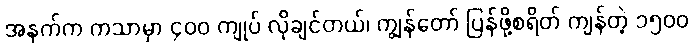
အနက်က ကသာမှာ ၄၀၀ ကျုပ် လိုချင်တယ်၊ ကျွန်တော် ပြန်ဖို့စရိတ် ကျန်တဲ့ ၁၅၀၀